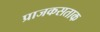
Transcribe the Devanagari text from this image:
प्राजकसताक